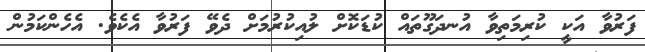
ފަރުވާ އަކީ ކުރިމަތިވާ އުނދަގޫތައް ކުޑަކޮށް ލުއިކުރުމަށް ދެވޭ ފަރުވާ އެކެވެ. އެހެންކަމުން